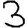
Digit: 3